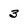
Character: 3